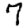
Digit: 7